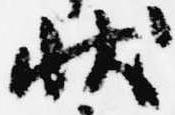
状